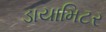
ડાયામિટર